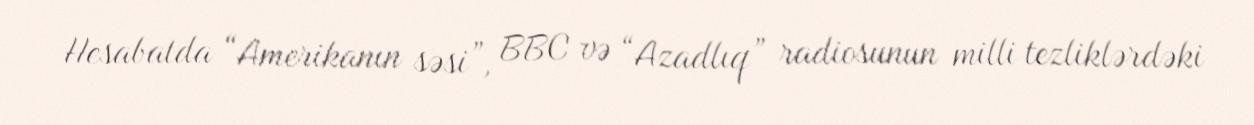
Hesabatda “Amerikanın səsi”, BBC və “Azadlıq” radiosunun milli tezliklərdəki